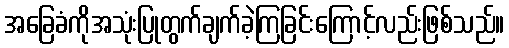
အခြေခံကိုအသုံးပြုတွက်ချက်ခဲ့ကြခြင်းကြောင့်လည်းဖြစ်သည်။